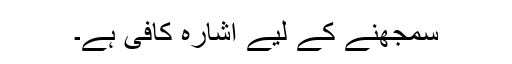
سمجھنے کے لیے اشارہ کافی ہے۔